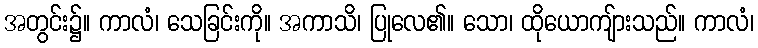
အတွင်း၌။ ကာလံ၊ သေခြင်းကို။ အကာသိ၊ ပြုလေ၏။ သော၊ ထိုယောကျ်ားသည်။ ကာလံ၊